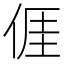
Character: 𠊎